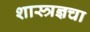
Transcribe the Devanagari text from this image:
शास्त्रज्ञचा